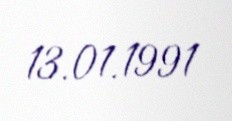
13.01.1991